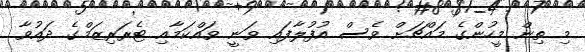
މި ތިން މީހުންގެ މައްޗަށް ވެސް އުފުލާފައި ވަނީ ވައްކަމާއި ޓެރަރިޒަމްގެ ދައުވާ